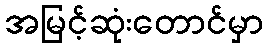
အမြင့်ဆုံးတောင်မှာ